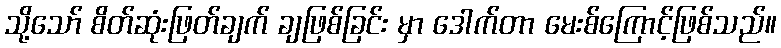
သို့သော် စိတ်ဆုံးဖြတ်ချက် ချဖြစ်ခြင်း မှာ ဒေါက်တာ မေးစ်ကြောင့်ဖြစ်သည်။